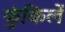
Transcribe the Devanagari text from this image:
फुंकिलें